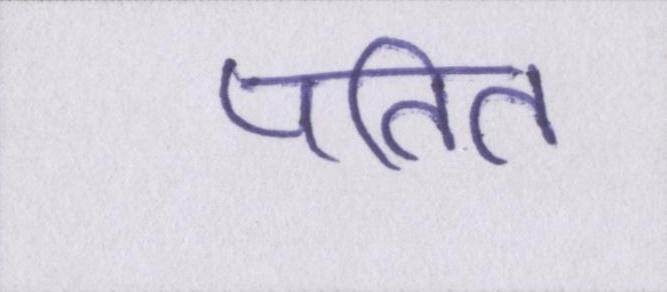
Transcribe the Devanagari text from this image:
पतित